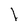
Character: I